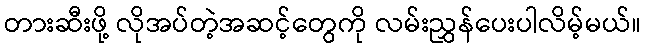
တားဆီးဖို့ လိုအပ်တဲ့အဆင့်တွေကို လမ်းညွှန်ပေးပါလိမ့်မယ်။